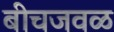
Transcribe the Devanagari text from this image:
बीचजवळ